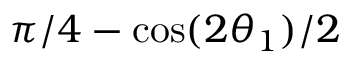
\pi / 4 - \cos ( 2 \theta _ { 1 } ) / 2